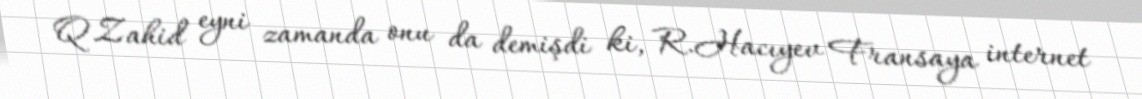
Q.Zahid eyni zamanda onu da demişdi ki, R.Hacıyev Fransaya internet